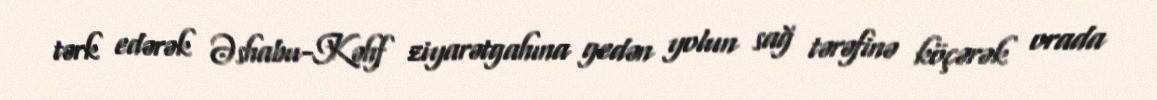
tərk edərək Əshabu-Kəhf ziyarətgahına gedən yolun sağ tərəfinə köçərək orada